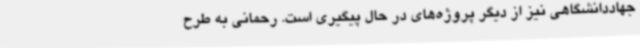
جهاددانشگاهی نیز از دیگر پروژه‌های در حال پیگیری است. رحمانی به طرح